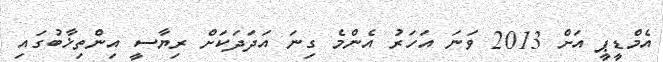
އެމްޑީޕީ އަށް 2013 ވަނަ އަހަރު އެންމެ ގިނަ އަދަދަކަށް ރިޔާސީ އިންތިޚާބުގައި